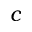
c